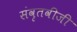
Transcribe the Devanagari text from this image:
संवृतवीजी